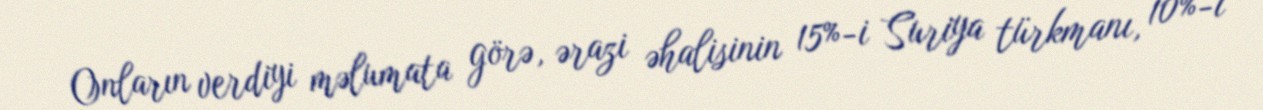
Onların verdiyi məlumata görə, ərazi əhalisinin 15%-i Suriya türkmanı, 10%-i